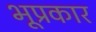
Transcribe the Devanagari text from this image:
भूप्रकार